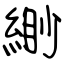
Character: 緲